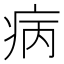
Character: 病